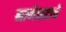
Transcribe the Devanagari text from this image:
नाणेघाटाचे